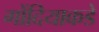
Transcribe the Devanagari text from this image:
गोंदियाकडे